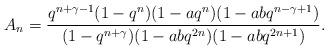
LaTeX: \begin{align*} A_n={q^{n+\gamma-1}(1-q^n)(1-aq^n)(1-abq^{n-\gamma+1}) \over (1-q^{n+\gamma})(1-abq^{2n})(1-abq^{2n+1})}.\end{align*}